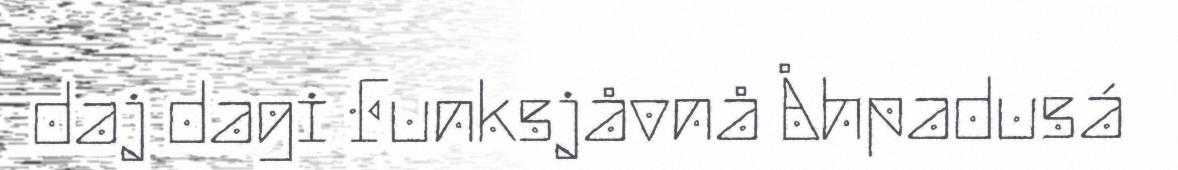
daj dagi Funksjåvnå Åhpadusá